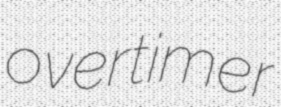
overtimer